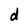
Character: d